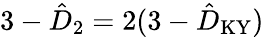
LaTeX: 3-\hat{D}_{2}=2(3-\hat{D}_{\mathrm{KY}})